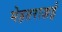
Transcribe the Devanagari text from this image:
मेहतराज़ई